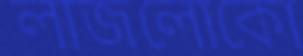
লাজলোকো